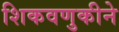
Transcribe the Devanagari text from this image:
शिकवणुकीने